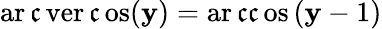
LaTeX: \operatorname{ar\mathfrak{c}ver\mathfrak{c}os}(\mathbf{y})=\operatorname{ar\mathfrak{c}\mathfrak{c}os}\left(\mathbf{y}-1\right)